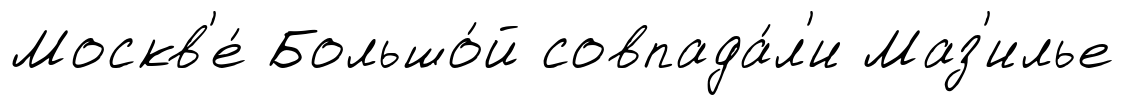
Москв'е́ Большо́й совпада́л'и Маз'илье